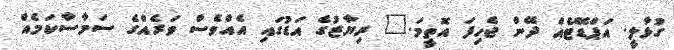
ގުޅާލީ. އަޕްޑޭޓެއް ދޭން ޖެހިފަ އޮތީމަ." ރިޔާޒުގެ އަޑުގައި އެއްވެސް ވަރެއްގެ ސަމާސާކަމެއް